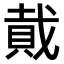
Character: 𮚂